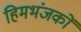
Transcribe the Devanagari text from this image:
हिमभंजकों